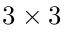
3 \times 3